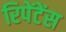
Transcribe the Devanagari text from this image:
रिपेंटेंस